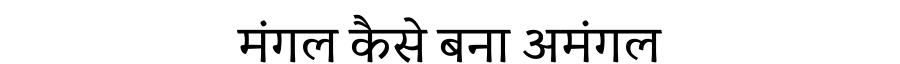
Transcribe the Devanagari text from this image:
मंगल कैसे बना अमंगल